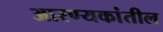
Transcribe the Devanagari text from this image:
आरण्यकांतील